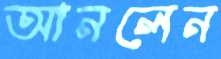
আনলেন